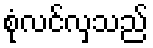
စုံလင်လှသည်